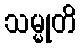
သမ္မုတိ